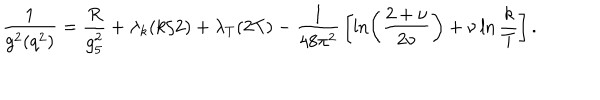
{ \frac { 1 } { g ^ { 2 } ( q ^ { 2 } ) } } = { \frac { R } { g _ { 5 } ^ { 2 } } } + \lambda _ { k } ( k / 2 ) + \lambda _ { T } ( 2 T ) - { \frac { 1 } { 4 8 \pi ^ { 2 } } } \left[ \ln \left( { \frac { 2 + \nu } { 2 \nu } } \right) + \nu \ln { \frac { k } { T } } \right] .